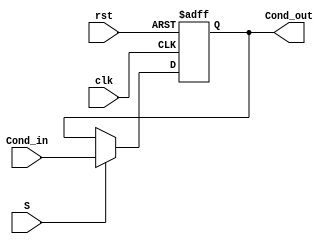
module StatusReg(clk, rst, Cond_in, S, Cond_out);
  input clk, rst, S;
  input[3:0] Cond_in;
  output reg[3:0] Cond_out;
  
  always@(negedge clk, posedge rst) begin
    if(rst) Cond_out <= 4'b0;
    else begin
      if(S) Cond_out <= Cond_in;
      end
  end
endmodule